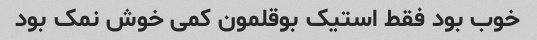
خوب بود فقط استیک بوقلمون کمی خوش نمک بود